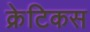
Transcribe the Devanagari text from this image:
क्रेटिकस